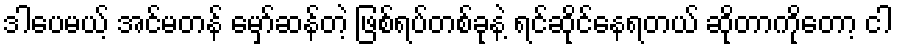
ဒါပေမယ့် အင်မတန် မှော်ဆန်တဲ့ ဖြစ်ရပ်တစ်ခုနဲ့ ရင်ဆိုင်နေရတယ် ဆိုတာကိုတော့ ငါ